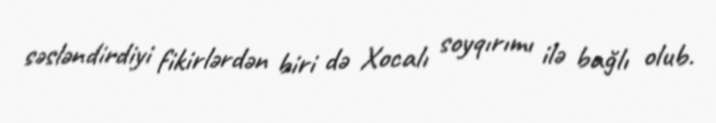
səsləndirdiyi fikirlərdən biri də Xocalı soyqırımı ilə bağlı olub.